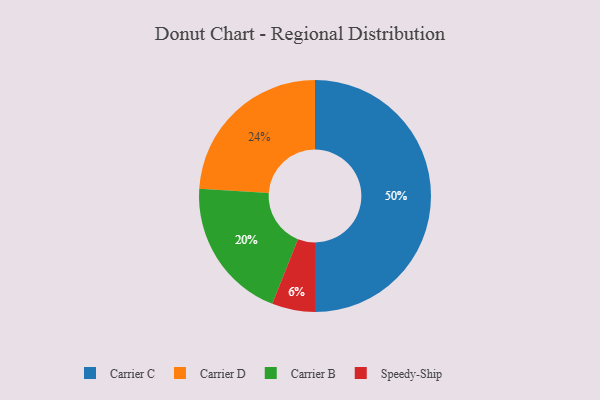
{"axis": {"x": "Category", "y": "Percentage"}, "legend": ["Carrier B", "Carrier C", "Carrier D", "Speedy-Ship"], "data": [{"x": "Carrier B", "y": 20, "type": "Carrier B"}, {"x": "Speedy-Ship", "y": 6, "type": "Speedy-Ship"}, {"x": "Carrier D", "y": 24, "type": "Carrier D"}, {"x": "Carrier C", "y": 50, "type": "Carrier C"}]}